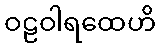
ဝဠဝါရထေဟိ